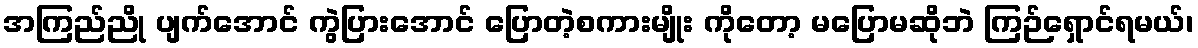
အကြည်ညို ပျက်အောင် ကွဲပြားအောင် ပြောတဲ့စကားမျိုး ကိုတော့ မပြောမဆိုဘဲ ကြဉ်ရှောင်ရမယ်၊